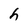
Character: h